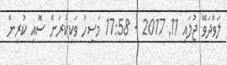
ލަވްދަވޭ ޖުލައި 11